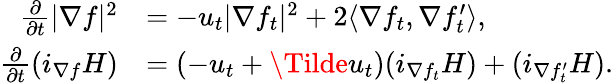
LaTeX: \begin{array}{rl}{\frac{\partial}{\partial t}|\nabla f|^{2}}&{=-u_{t}|\nabla f_{t}|^{2}+2\langle\nabla f_{t},\nabla f_{t}^{\prime}\rangle,}\\ {\frac{\partial}{\partial t}(i_{\nabla f}H)}&{=(-u_{t}+\Tilde{u}_{t})(i_{\nabla{f_{t}}}H)+(i_{\nabla{f_{t}^{\prime}}}H).}\end{array}